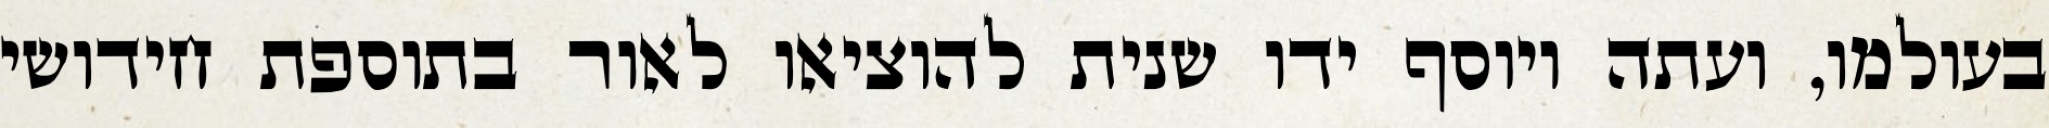
בעולמו, ועתה ויוסף ידו שנית להוציאו לאור בתוספת חידושי